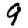
Digit: 9